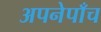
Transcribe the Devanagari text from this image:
अपनेपाँच